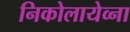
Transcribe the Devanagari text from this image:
निकोलायेव्ना